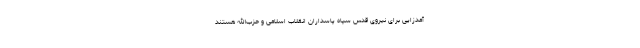
آمدزایی برای نیروی قدس سپاه پاسداران انقلاب اسلامی و حزب‌الله هستند